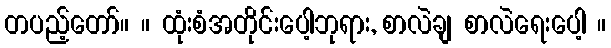
တပည့်တော်။ ။ ထုံးစံအတိုင်းပေါ့ဘုရား, စာလဲချ စာလဲရေးပေါ့ ။